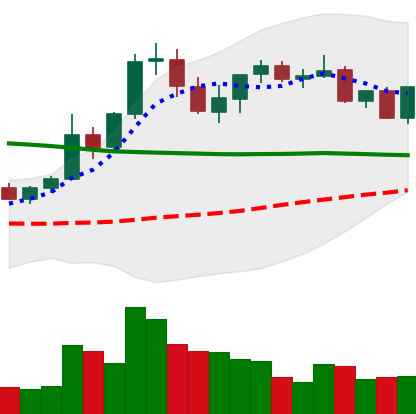
Ticker: XRP-USD
Chart end date: 2021-08-27
Forward return: 3.905%
Label: up_3_5